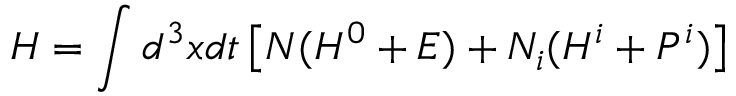
H = \int d ^ { 3 } x d t \left[ N ( { \cal H } ^ { 0 } + { \cal E } ) + N _ { i } ( { \cal H } ^ { i } + { \cal P } ^ { i } ) \right]